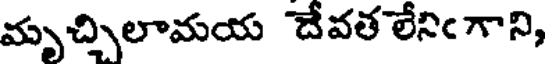
మృచ్చిలామయ దేవత లేనిఁగాని,